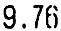
9.76